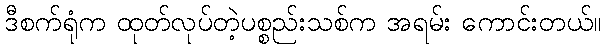
ဒီစက်ရုံက ထုတ်လုပ်တဲ့ပစ္စည်းသစ်က အရမ်း ကောင်းတယ်။